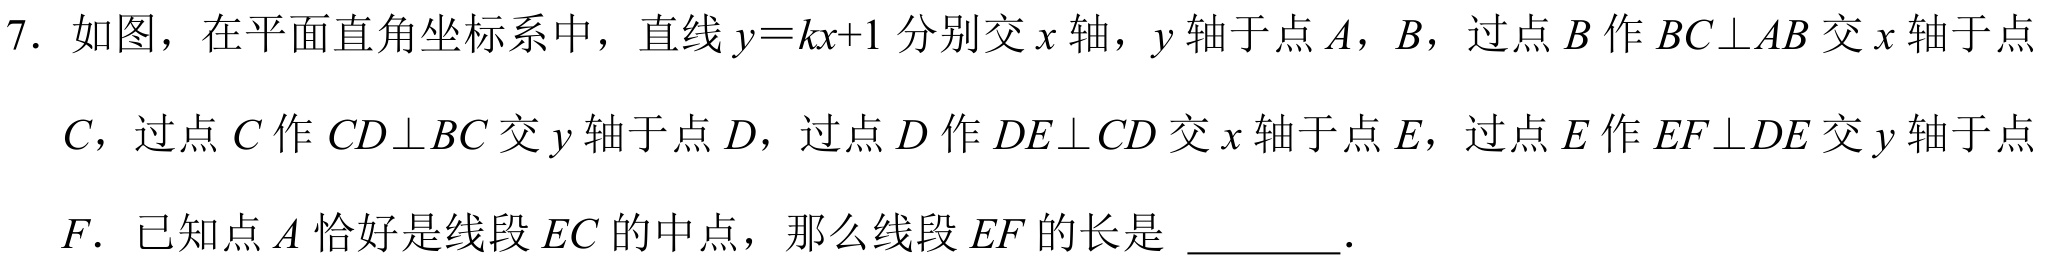
7. 如图，在平面直角坐标系中，直线\(y = kx + 1\)分别交\(x\)轴，\(y\)轴于点\(A\)，\(B\)，过点\(B\)作\(BC\perp AB\)交\(x\)轴于点\(C\)，过点\(C\)作\(CD\perp BC\)交\(y\)轴于点\(D\)，过点\(D\)作\(DE\perp CD\)交\(x\)轴于点\(E\)，过点\(E\)作\(EF\perp DE\)交\(y\)轴于点\(F\). 已知点\(A\)恰好是线段\(EC\)的中点，那么线段\(EF\)的长是 \(\underline{\quad\quad}\).